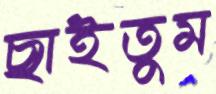
ছাইতুম